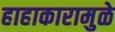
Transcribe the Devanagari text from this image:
हाहाकारामुळे